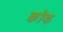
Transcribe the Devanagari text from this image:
क्वॉक